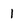
Character: 1